Annual report on the health of the army in India
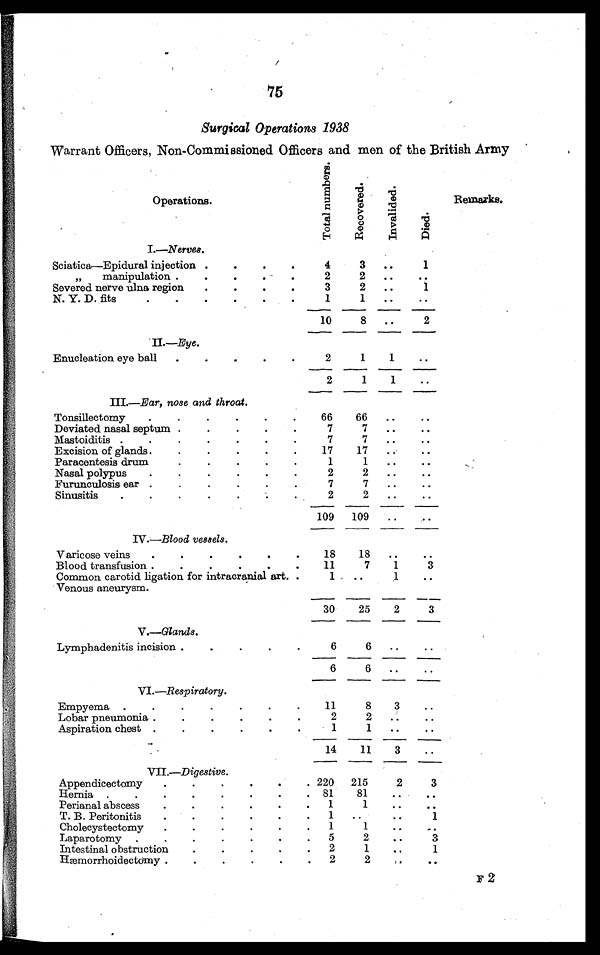
75
Surgical Operations 1938
Warrant Officers, Non-Commissioned Officers and men of the British Army
Operations.
T o t a l n u m b e r s .
R e c o v e r e d .
I n v a l i d e d .
D i e d .
Remarks.
I .—Nerves.
Sciatica—Epidural injection . . .
4
3
. . .
1
"
manipulation . . .
2
2
. . .
. . .
Severed nerve ulna region . . .
3
2
. . .
1
N. Y. D. fits . . .
1
1
. . .
. . .
10
8
. . .
2
II.—Eye.
Enucleation eye ball . . .
2
1
1
. . .
2
1
1
. . .
III.—Ear, nose and throat.
Tonsillectomy . . .
66
66
. . .
. . .
Deviated nasal septum . . .
7
7
. . .
. . .
Mastoiditis . . .
7
7
. . .
. . .
Excision of glands . . .
17
17
. . .
. . .
Paracentesis drum . . .
1
1
. . .
. . .
Nasal polypus . . .
2
2
. . .
. . .
Furunculosis ear . . .
7
7
. . .
. . .
Sinusitis . . .
2
2
. . .
. . .
109 109
. . .
. . .
IV.—Blood vessels.
Varicose veins . . .
18
18
. . .
. . .
Blood transfusion . . .
11
7
1
3
Common carotid ligation for intracranial art . . .
1
. . .
1
. . .
Venous aneurysm . . .
30
25
2
3
V.—Glands.
Lymphadenitis incision . . .
6
6
. . .
. . .
6
6
. . .
. . .
VI.—Respiratory.
Empyema . . .
11
8
3
. . .
Lobar pneumonia . . .
2
2
. . .
. . .
Aspiration chest . . .
1
1
. . .
. . .
14
11
3
. . .
VII.—Digestive.
Appendicectomy . . .
220
215
2
3
Hernia . . .
81
81
. . .
. . .
Perianal abscess . . .
1
1
. . .
. . .
T. B. Peritonitis . . .
1
. . .
. . .
1
Cholecystectomy . . .
1
1
. . .
. . .
Laparotomy . . .
5
2
. . .
3
Intestinal obstruction . . .
2
1
. . .
1
Hæmorrhoidectomy . . .
2
2
. . .
. . .
F 2